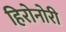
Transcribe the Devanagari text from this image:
हिरोनोरी